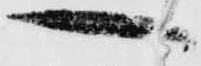
へ